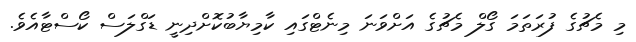
މި މެޗުގެ ފުރަތަމަ ގޯލް މެޗުގެ އަށްވަނަ މިނެޓްގައި ކާމިޔާބުކޮށްދިނީ ޑަގްލަސް ކޯސްޓާއެވެ.